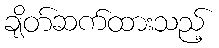
ချိတ်ဆက်ထားသည့်